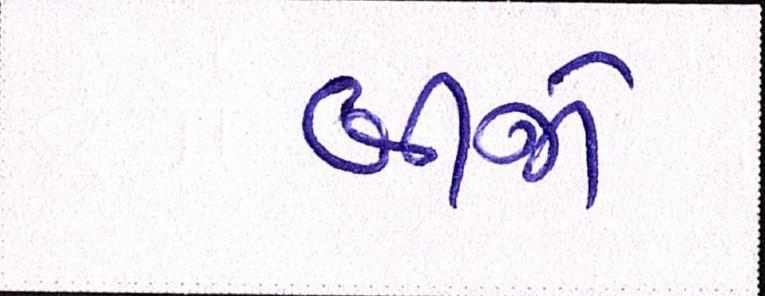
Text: બીજો